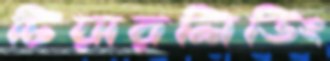
চিয়ারলিডিং